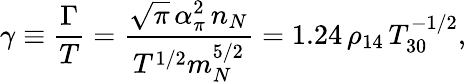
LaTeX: \gamma\equiv\frac{\Gamma}{T}=\frac{\sqrt\pi\, \alpha_{\pi}^{2}\, n_{N}}{T^{1/2}m_{N}^{5/2}}=1.24\, \rho_{14}\, T_{30}^{-1/2},